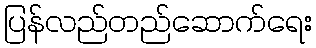
ပြန်လည်တည်ဆောက်ရေး